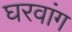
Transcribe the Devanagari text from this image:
घरवांग